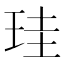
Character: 珪